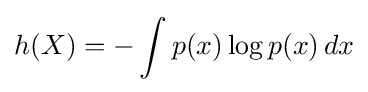
h(X)=-\int p(x)\log p(x)\,dx